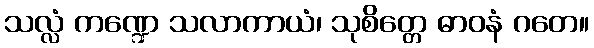
သလ္လံ ကဏ္ဍေ သလာကာယံ၊ သုစိတ္တေ ဓာဝနံ ဂတေ။